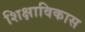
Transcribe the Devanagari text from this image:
शिक्षाविकास